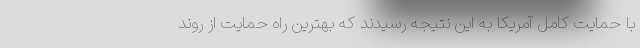
با حمایت کامل آمریکا به این نتیجه رسیدند که بهترین راه حمایت از روند